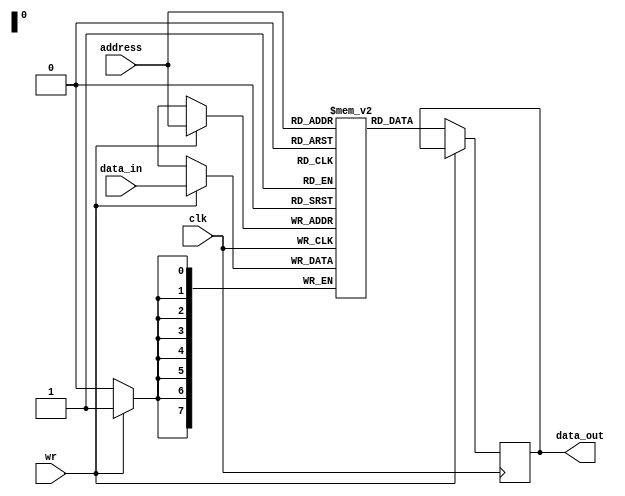
module RAM_8bit_Clk(
	output [7:0] data_out,
	input [7:0] address,
	input [7:0] data_in, 
	input wr,
	input clk
);
reg [7:0] RAM [255:0];
reg [7:0] data_out;

always @(posedge clk) 
	begin
		if (wr)
			RAM[address] <= data_in;
		else
			data_out <= RAM[address];
	end

endmodule